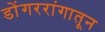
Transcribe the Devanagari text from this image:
डोंगररांगातून